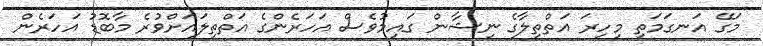
މަގޭ އަނގަމަތި މިހިރަ އަތްތިލާގެ ނިޝާން ގައިމުވެސް އަހަރެންގެ އަތްތިލައަށްވުރެ މާބޮޑު އަހަރެން